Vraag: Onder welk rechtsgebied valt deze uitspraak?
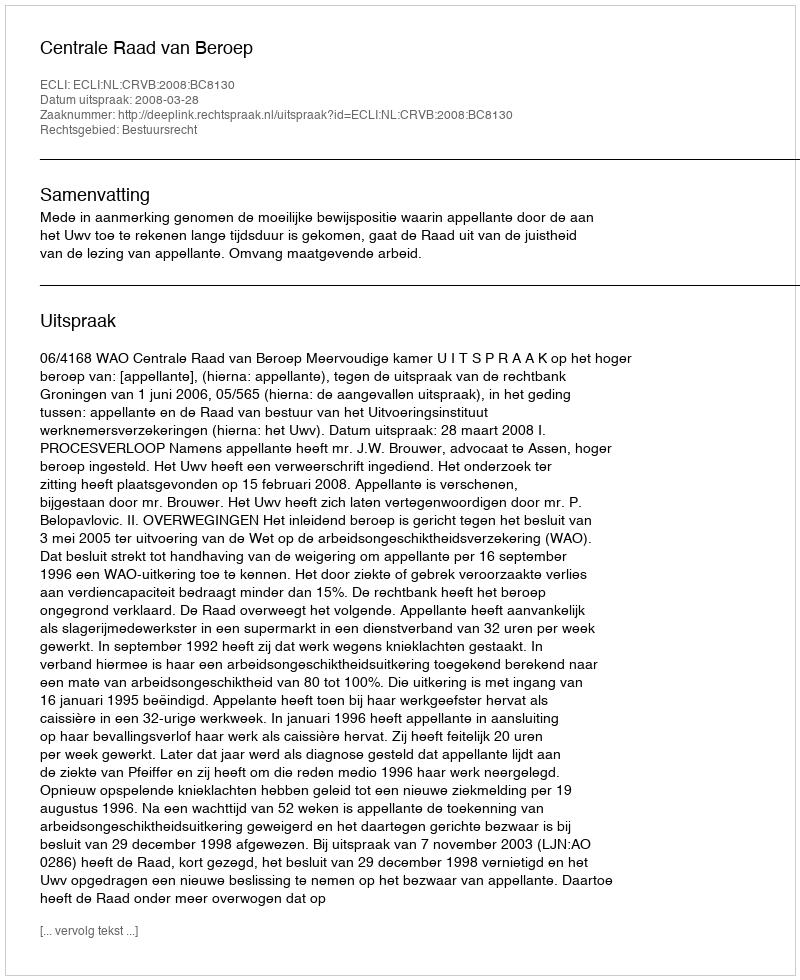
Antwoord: Bestuursrecht